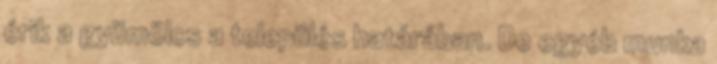
érik a gyümölcs a település határában. De egyéb munka